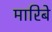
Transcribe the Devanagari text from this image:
मारिबे